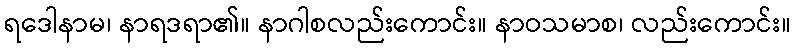
ရဒေါနာမ၊ နာရဒရာ၏။ နာဂါစလည်းကောင်း။ နာဝသမာစ၊ လည်းကောင်း။